Venemaal_asunud_Eesti_seltside_dokumendid, lk 20
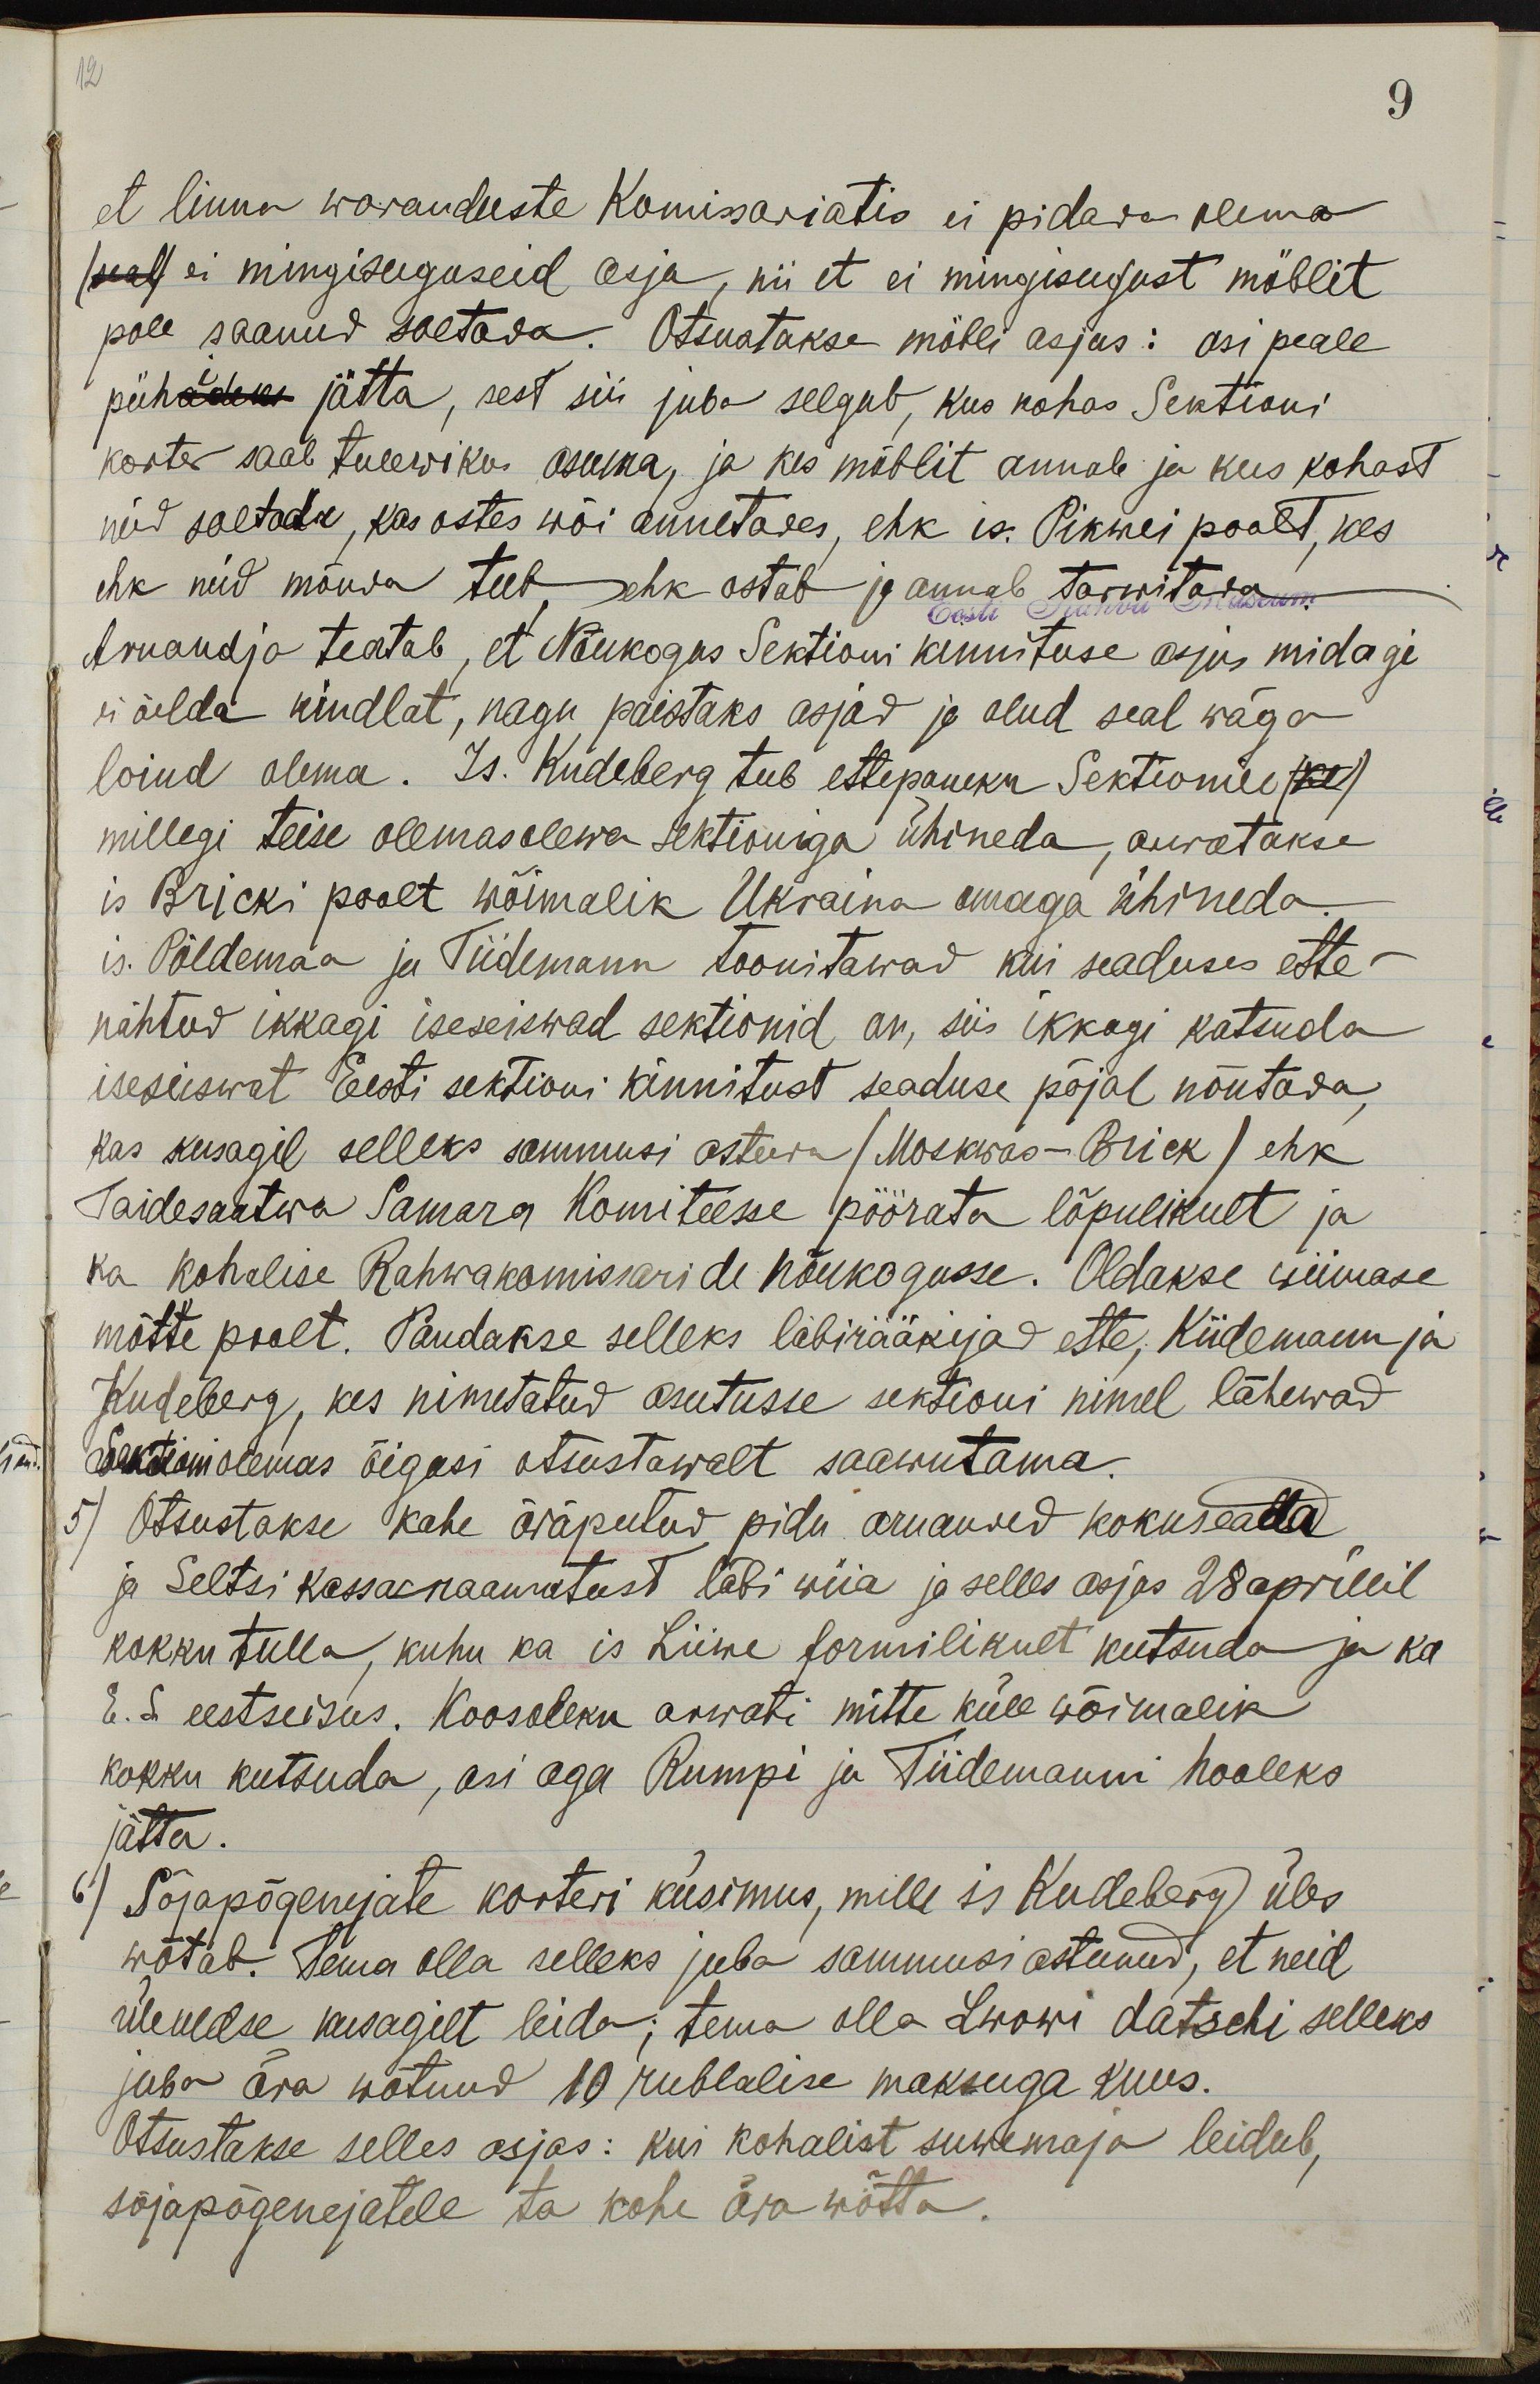
12
9
et linna waranduste Komissariatis ei pidada olema
/seal/ ei mingisuguseid asja, nii et ei mingisugust möblit
pole saanud soetada. Otsustakse möbli asjas: asi peale
pühiadeks jätta, sest siis juba selgub, kus kohas Sektioni
korter saab tulewiku asuma, ja kes möblit annab ja kus kohast
neid soetada, kas ostes wõi annetades, ehk is. Pikwei poolt, kes
ehk neid mõnda teeb, ehk ostab ja annab tarwitada
Aruandja teatab, et Nõukogus Sektioni kinnituse asjus midagi
ei öelda kindlat, nagu paistaks asjad ja olud seal wäga
loiud olema. Is. Küdeberg teeb ettepaneku Sektionile (kl)
millegi teise olemasolewa sektioniga ühineda, arutakse
is Bricki poolt wõimalik Ukraina omaga ühineda.
is. Põldemaa ja Tiidemann toonitawad kui seaduses ette-
nähtud ikkagi iseseiswad sektionid on, siis ikkagi katsuda
iseseiswat Eesti sektioni kinnitust seaduse põjal nõutada,
kas kusagil selleks sammusi astuda (Moskwas-Brick) ehk
Täidesaatwa Samara Komiteesse pöörata lõpulikult ja
ka kohalise Rahwakomissaride nõukogusse. Oldakse wiimase
mõtte poolt. Pandakse selleks läbirääkijad ette, Kiidemann ja
Kudeberg, kes nimetatud asutusse sektioni nimel lähewad
Sektionis olewas õigusi otsustawalt saawutama.
5) Otsustakse kahe äräpeetud pidu aruanded kokuseada
ja Seltsi kassaraamatust läbi wiia ja selles asjas 28 aprillil
kokku tulla, kuhu ka is Liiwe formilikult kutsuda ja ka
E. S eestseisus. Koosoleku arwati mitte küll wõimalik
kokku kutsuda, asi aga Rumpi ja Tiidemanni hooleks
jätta.
6) Sõjapõgenejate korteri küsimus, mille is Kudeberg üles
wõtab. Tema olla selleks juba sammusi astunud, et neid
üleüldse kusagilt leida; tema olla Lwowi datsehi selleks
juba ära wõtnud 10 rublalise maksuga kuus.
Otsustakse selles asjas: kui kohalist suwemaja leidub,
sõjapõgenejatele ta kohe ära wõtta.